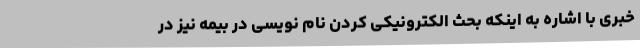
خبری با اشاره به اینکه بحث الکترونیکی کردن نام نویسی در بیمه نیز در